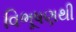
વિભૂષણથી